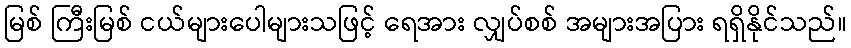
မြစ် ကြီးမြစ် ငယ်များပေါများသဖြင့် ရေအား လျှပ်စစ် အများအပြား ရရှိနိုင်သည်။